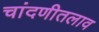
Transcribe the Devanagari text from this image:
चांदणीतलाव